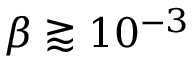
\beta \gtrapprox 1 0 ^ { - 3 }